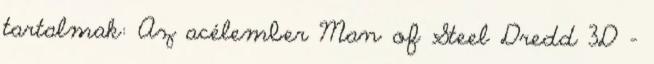
tartalmak: Az acélember Man of Steel Dredd 3D –